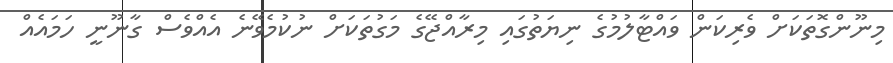
މިނޫންގޮތަކަށް ވެރިކަން ވައްޓާލުމުގެ ނިޔަތުގައި މިރާއްޖޭގެ މަގުތަކަށް ނުކުމެވޭނެ އެއްވެސް ގާނޫނީ ހަމައެއް